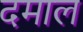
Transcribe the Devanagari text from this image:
दमाल